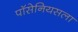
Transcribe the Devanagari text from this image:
पॉसेनियसला